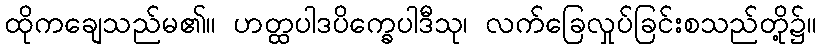
ထိုကချေသည်မ၏။ ဟတ္ထပါဒပိက္ခေပါဒီသု၊ လက်ခြေလှုပ်ခြင်းစသည်တို့၌။